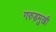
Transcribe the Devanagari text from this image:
गरुड़मुखी